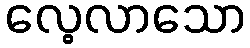
လေ့လာသော